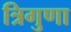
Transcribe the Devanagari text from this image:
त्रिगुणा